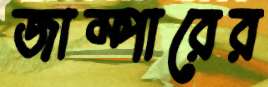
জাম্পারের